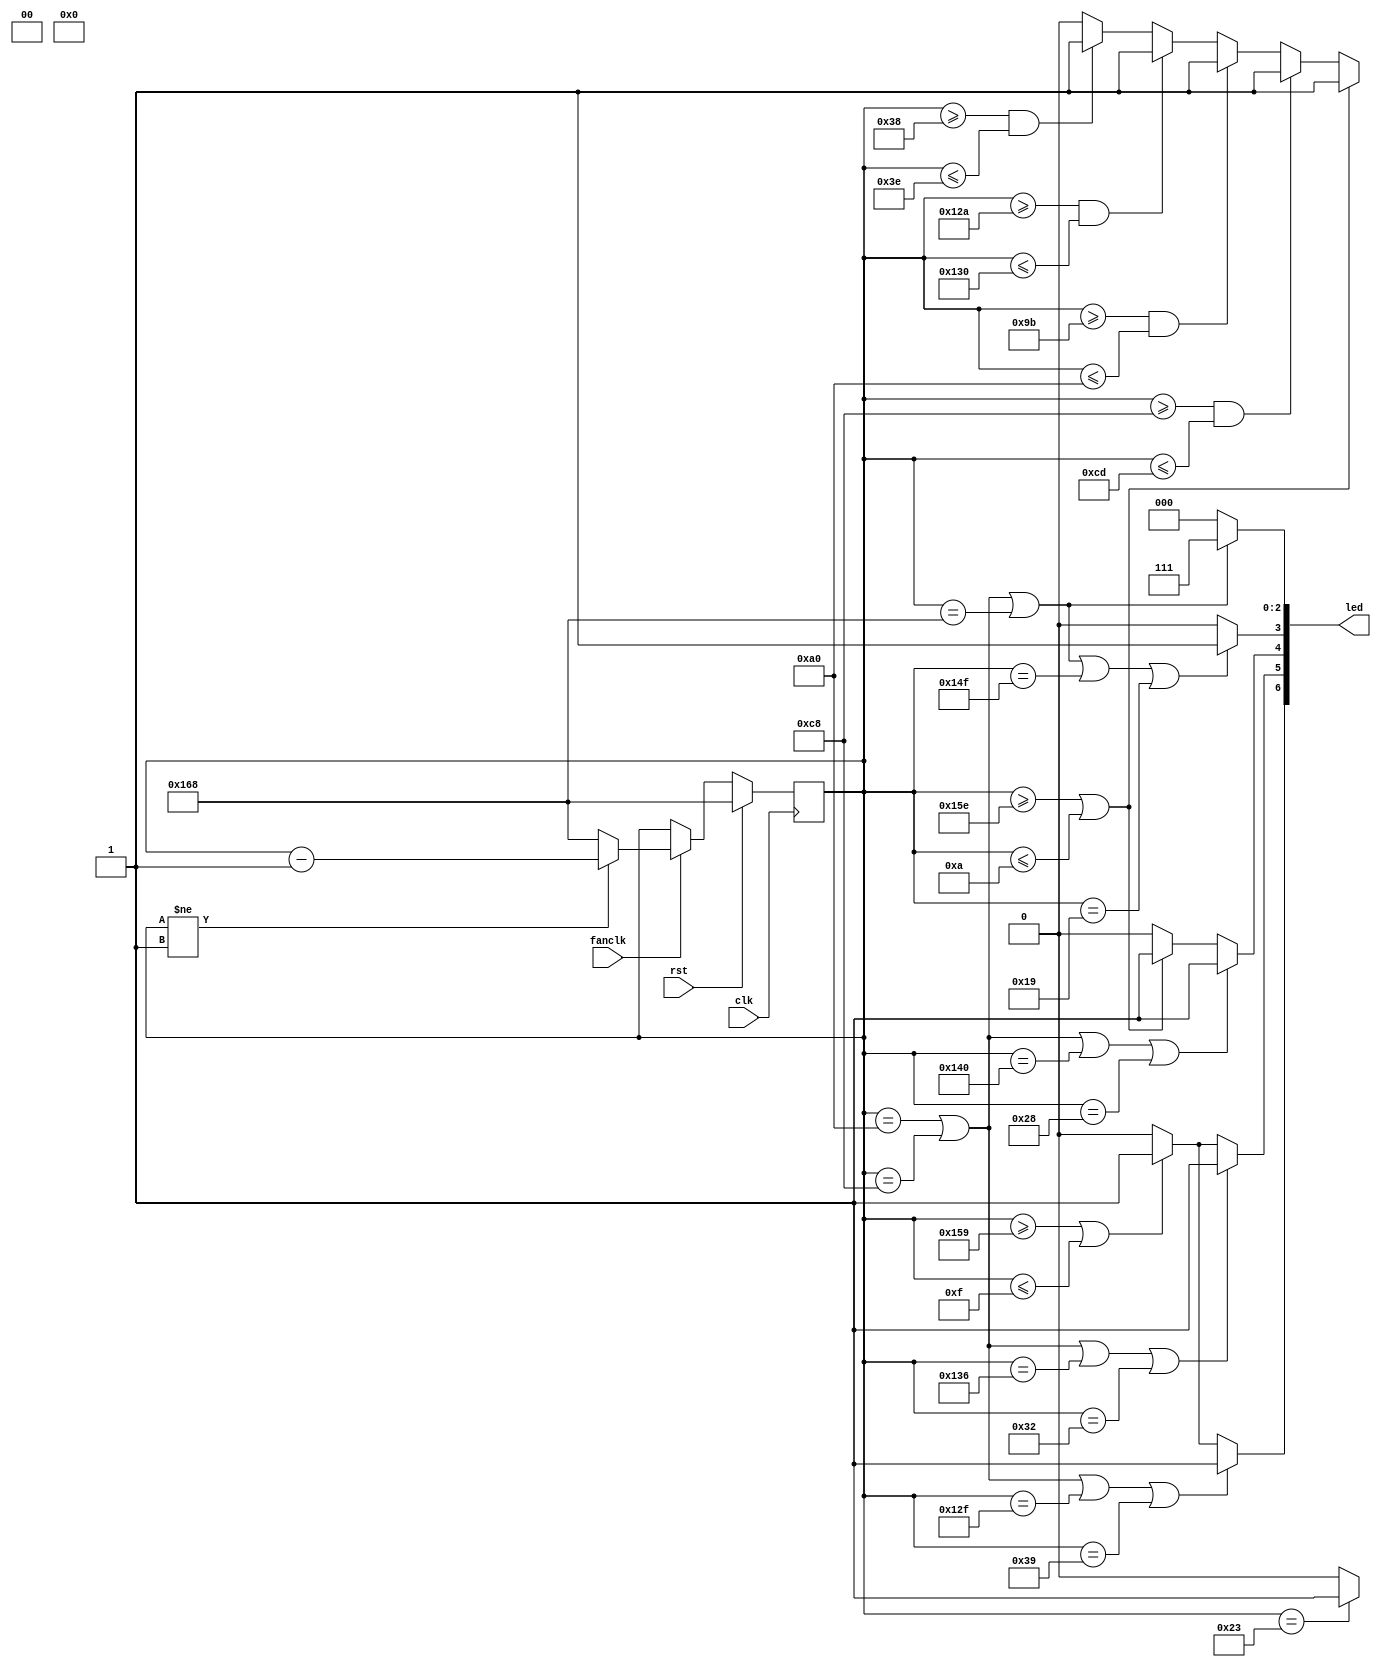
module walk4(rst,clk,led,fanclk);
    input rst,clk,fanclk;
    output [15:0]led;
    reg [8:0]deg_counter,nxtdeg_counter;
    reg [15:0]led;


    always@(posedge clk)begin
    if(rst)begin
        deg_counter<=360;
    end else begin
        deg_counter<=nxtdeg_counter;
    end
    end

    always@(*)begin
        if(fanclk)begin
            if(deg_counter!=1)nxtdeg_counter=deg_counter-1;
            else nxtdeg_counter=360;
        end else begin
            nxtdeg_counter=deg_counter;
        end

        led[15:12]=4'b0;
        led[10:9]=2'b0;

        if((deg_counter==160)||(deg_counter==200)||(deg_counter==360))begin//led 0~2
            led[2:0]={3'b111};
        end else begin
            led[2:0]=3'b0;
        end

        if((deg_counter==160)||(deg_counter==200)||(deg_counter==360)||(deg_counter==335)||(deg_counter==25))begin//led 3
            led[3]={1'b1};
        end else begin
            led[3]=1'b0;
        end
        if((deg_counter==160)||(deg_counter==200)||(deg_counter==320)||(deg_counter==40))begin//led 4
            led[4]={1'b1};
        end else if(deg_counter>=350||deg_counter<=10)begin
            led[4]={1'b1};
        end else begin
            led[4]=1'b0;
        end

        if((deg_counter==160)||(deg_counter==200)||(deg_counter==310)||(deg_counter==50))begin//led 5
            led[5]={1'b1};
        end else if(deg_counter>=345||deg_counter<=15)begin
            led[5]={1'b1};
        end else begin
            led[5]=1'b0;
        end

        if((deg_counter==160)||(deg_counter==200)||(deg_counter==303)||(deg_counter==57))begin//led 6
            led[6]={1'b1};
        end else if(deg_counter>=345||deg_counter<=15)begin
            led[6]={1'b1};
        end else begin
            led[6]=1'b0;
        end


        /*if((deg_counter==160)||(deg_counter==200)||(deg_counter==300)||(deg_counter==60))begin//led 7!!!!!!!!!!!!--->15
        led[15]={1'b1};
        end else if(deg_counter>=345||deg_counter<=15)begin
        led[15]={1'b1};
        end else begin
        led[15]=1'b0;
        end*/

        if(deg_counter>=350||deg_counter<=10)begin//led 8
            led[8]={1'b1};
        end else if(deg_counter>=200&&deg_counter<=205)begin
            led[8]={1'b1};
        end else if(deg_counter>=155&&deg_counter<=160)begin
            led[8]={1'b1};
        end else if(deg_counter>=298&&deg_counter<=304)begin
            led[8]={1'b1};
        end else if(deg_counter>=56&&deg_counter<=62)begin
            led[8]={1'b1};
        end else begin
            led[8]=1'b0;
        end

        if(deg_counter==35)begin//ball on right hand
            led[11]={1'b1};
        end else begin
            led[11]=1'b0;
        end
    end
endmodule